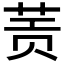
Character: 𰱀